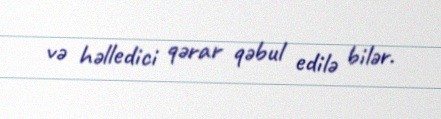
və həlledici qərar qəbul edilə bilər.